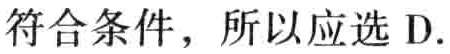
符合条件，所以应选 D.